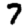
Digit: 7